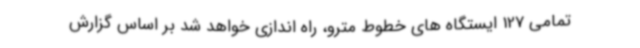
تمامی 127 ایستگاه های خطوط مترو، راه اندازی خواهد شد بر اساس گزارش